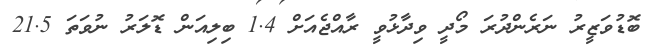
ބޮޑުވަޒީރު ނަރެންދުރަ މޯދީ ވިދާޅުވީ ރާއްޖެއަށް 1.4 ބިލިއަން ޑޮލަރު ނުވަތަ 21.5